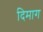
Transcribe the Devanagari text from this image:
दिमाग